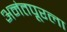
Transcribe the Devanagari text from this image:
अनंतपूरला